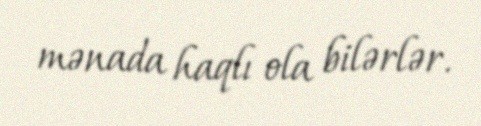
mənada haqlı ola bilərlər.